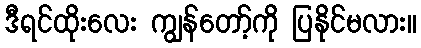
ဒီရင်ထိုးလေး ကျွန်တော့်ကို ပြနိုင်မလား။